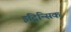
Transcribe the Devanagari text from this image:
इंट्रिन्सिक